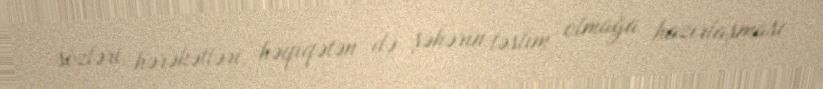
sözləri, hərəkətləri, həqiqətən də şəhərin təslim olmağa hazırlaşması